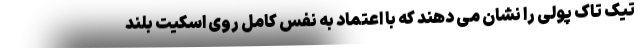
تیک تاک پولی را نشان می دهند که با اعتماد به نفس کامل روی اسکیت بلند